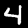
Label: 4